Vaccination in Bombay 1869-1873 - 1869-1873
Year: 1869
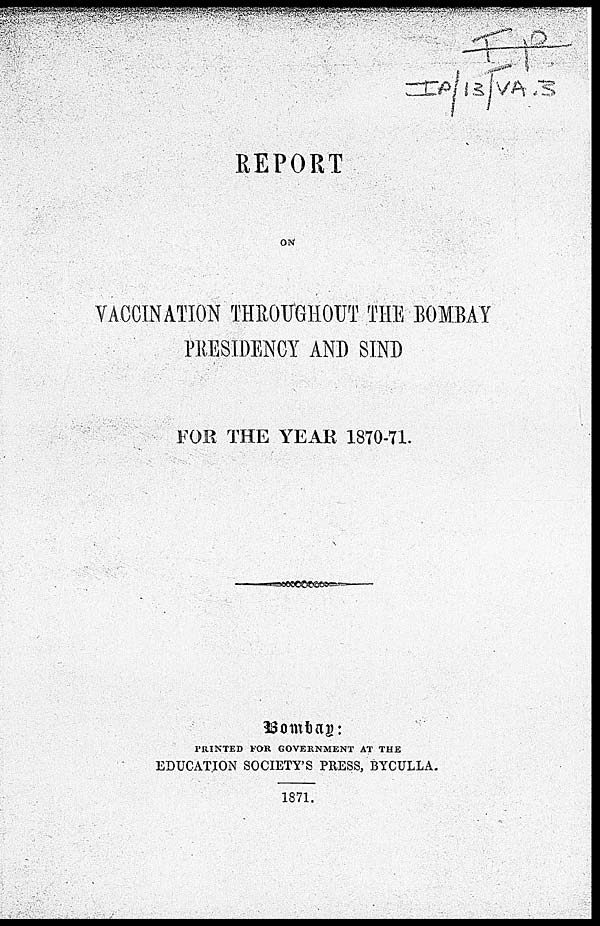
REPORT
ON
VACCINATION THROUGHOUT THE BOMBAY
PRESIDENCY AND SIND
FOR THE YEAR 1870-71.
Bombay:
PRINTED FOR GOVERNMENT AT THE
EDUCATION SOCIETY'S PRESS, BYCULLA.
1871.